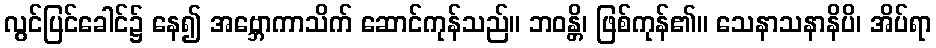
လွင်ပြင်ခေါင်၌ နေ၍ အဗ္ဘောကာသိက် ဆောင်ကုန်သည်။ ဘဝန္တိ၊ ဖြစ်ကုန်၏။ သေနာသနာနိပိ၊ အိပ်ရာ